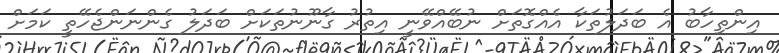
އިންތިހާބު އެ ބަދަލުތަކާ އެއްގޮތަށް ނުބޭއްވޭނީ އިތުރު ގާނޫނުތަކަށް ބަދަލު ގެންނަންޖެހޭތީ ކަމަށް